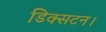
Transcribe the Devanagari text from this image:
डिक्सटन।